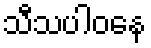
သီသပါဝနေ